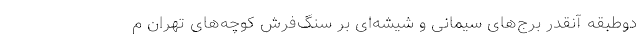
دوطبقه آنقدر برج‌های سیمانی و شیشه‌ای بر سنگ‌فرش کوچه‌های تهران م